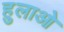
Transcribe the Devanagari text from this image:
हुलाओ